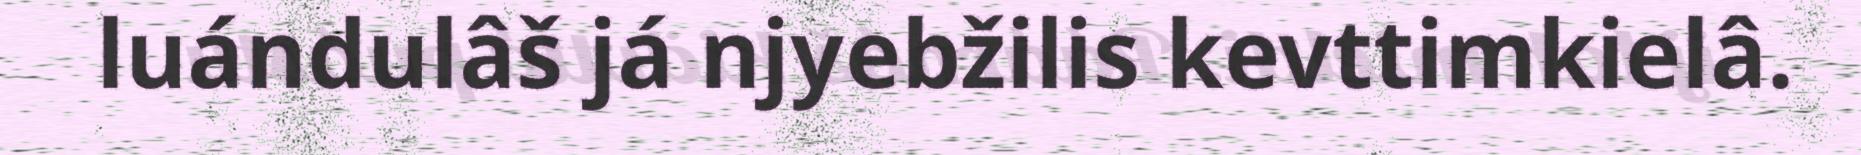
luándulâš já njyebžilis kevttimkielâ.